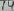
Text: 14